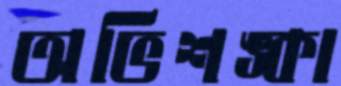
অভিশঙ্কা